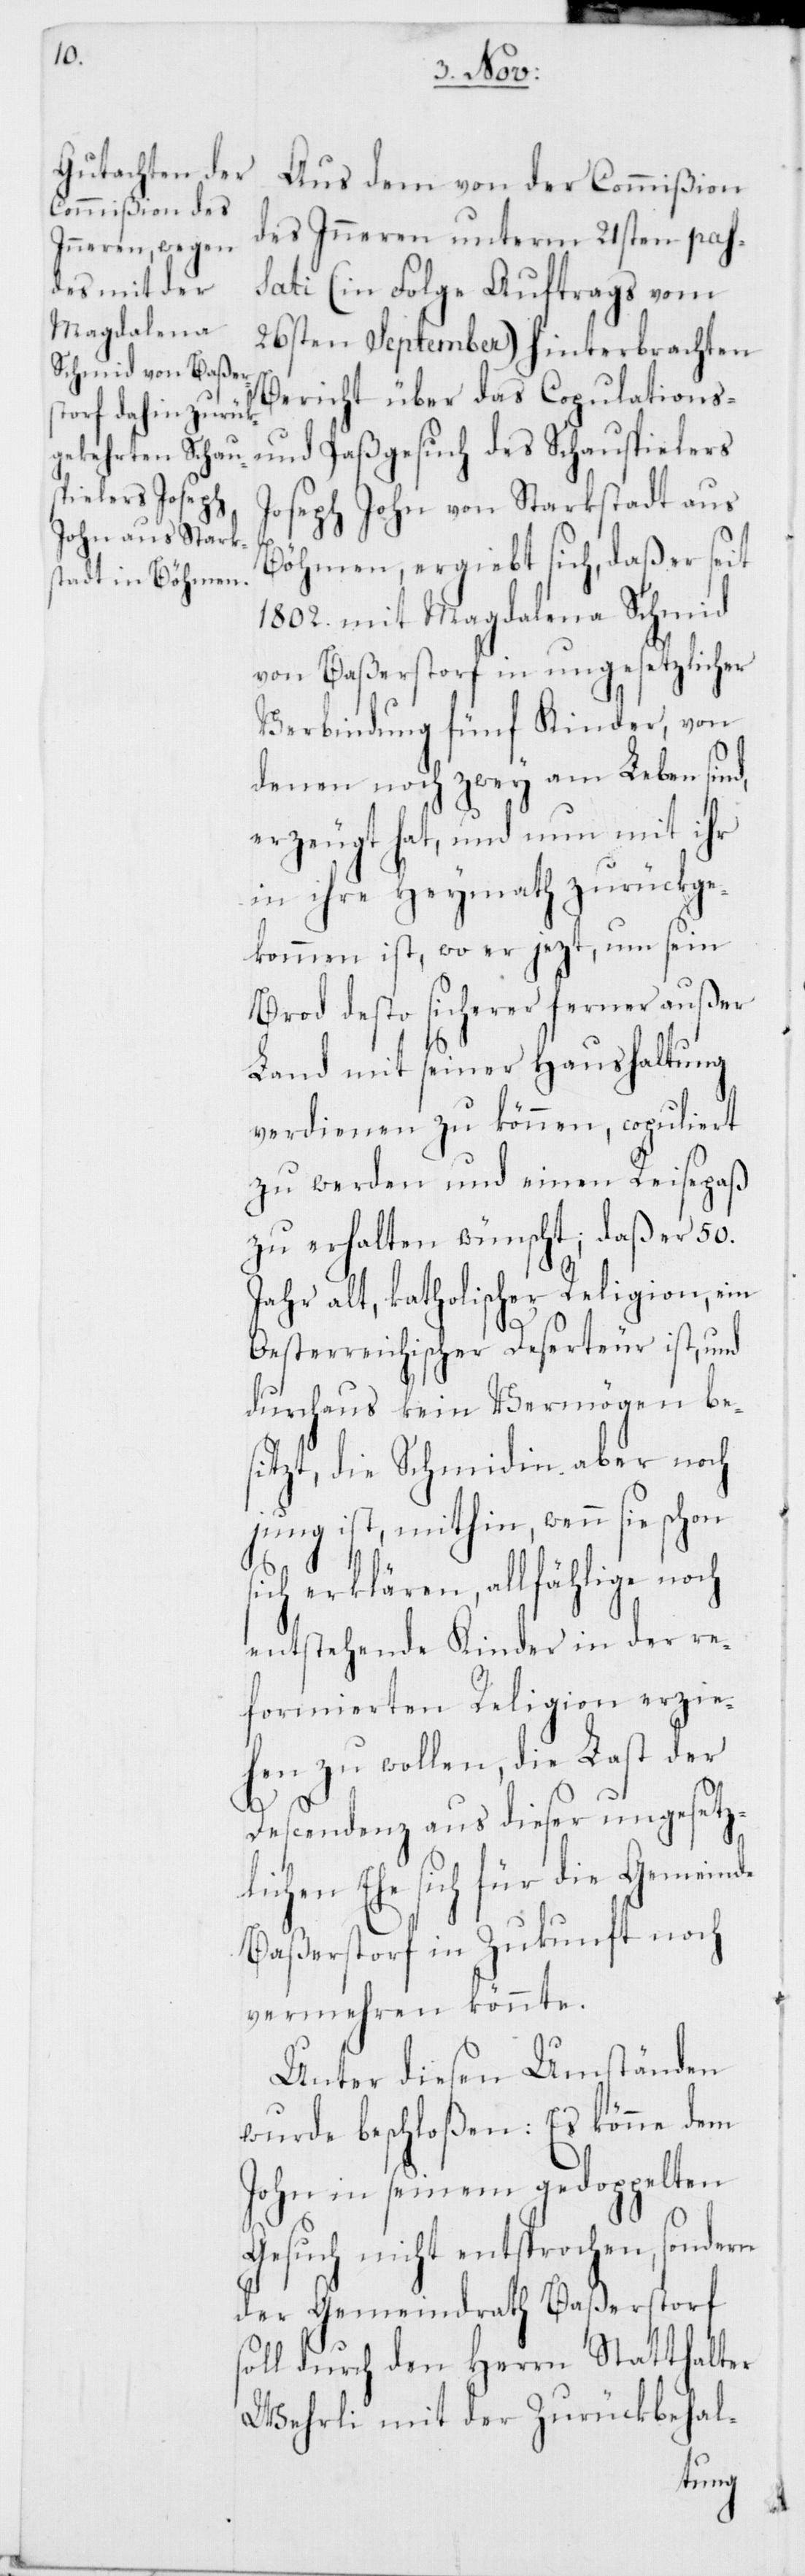
Aus dem von der Commißion
des Inneren unterm 21sten pas¬
sati (in Folge Auftrags vom
26sten September) hinterbrachten
Bericht über das Copulations-
und Paßgesuch des Schauspielers
ohn von Starkstadt aus
Joseph J¬
Böhmen ergiebt sich, daß er seit
1802. mit Magdalena Schmid
von Baßerstorf in ungesetzlicher
Verbindung fünf Kinder, von
denen noch zwei am Leben sind,
erzeugt hat, und nun mit ihr
in ihre Heymath zurückge¬
kommen ist, wo er jezt, um sein
Brod desto sicherer ferner außer
Land mit seiner Haushaltung
verdienen zu können, copuliert
zu werden und einen Reisepaß
zu erhalten wünscht; daß er 50.
Jahr alt, katholischer Religion, ein
Oesterreichischer Deserteur ist, und
durchaus kein Vermögen be¬
sitzt, die Schmidin aber noch
jung ist, mithin, wenn sie schon s¬
ich erklären, allfählige noch
entstehende Kinder in der re¬
formierten Religion erzie¬
hen zu wollen, die Last der
Descendenz aus dieser ungesetz¬
lichen Ehe sich für die Gemeinde
Baßerstorf in Zukunft noch
vermehren könnte.
Unter diesen Umständen
wurde beschloßen: Es könne dem
John in seinem gedoppelten
Gesuch nicht entsprochen, sondern
der Gemeindrath Baßerstorf
soll durch den Herrn Statthalter
Wehrli mit der Zurückbehal-